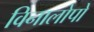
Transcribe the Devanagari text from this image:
विनालोपो